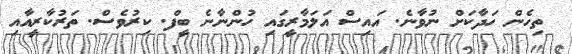
ތިހެން ހަދާކަށް ނުވާނެ. އައިސް އަލަމާރީގައި ހުންނާނެ ބީފް. ކިރުވެސް. ތަރުކާރީއާއި